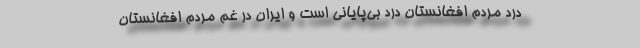
درد مردم افغانستان درد بی‌پایانی است و ایران در غم مردم افغانستان